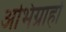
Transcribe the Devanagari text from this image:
अभिग्राहों